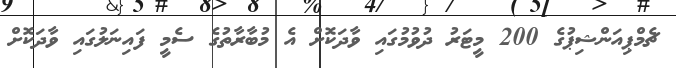
ޗެމްޕިއަންޝިޕުގެ 200 މީޓަރު ދުވުމުގައި ވާދަކޮށް އެ މުބާރާތުގެ ސެމީ ފައިނަލުގައި ވާދަކޮށް